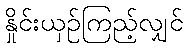
နှိုင်းယှဉ်ကြည့်လျှင်